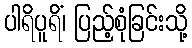
ပါရိပူရိံ၊ ပြည့်စုံခြင်းသို့